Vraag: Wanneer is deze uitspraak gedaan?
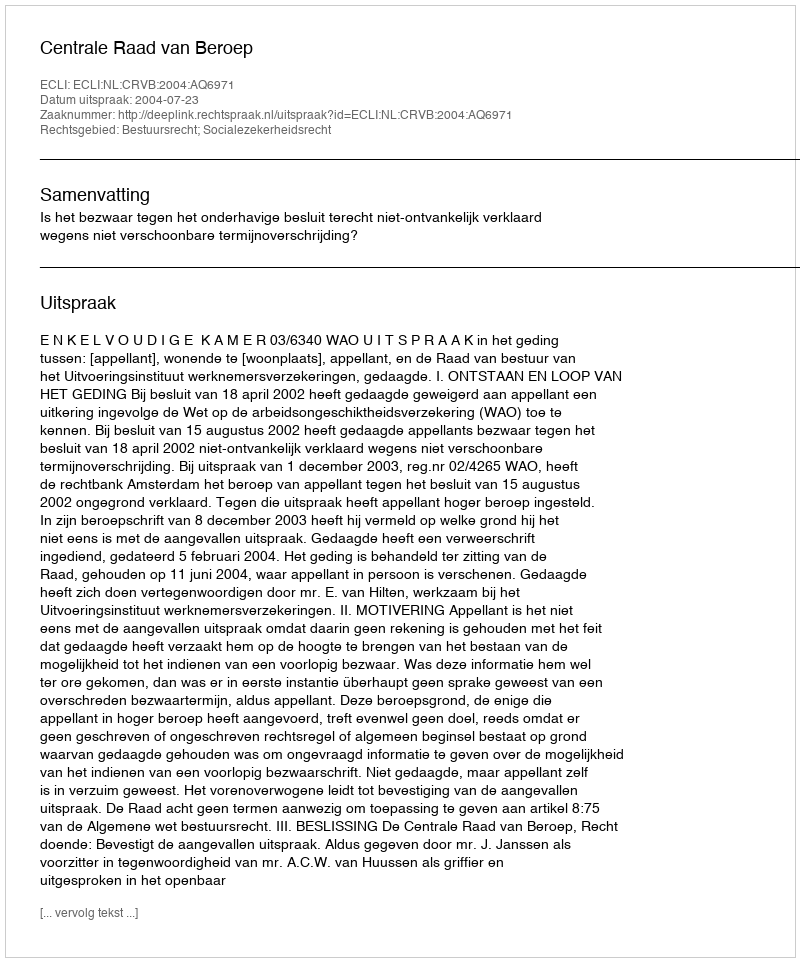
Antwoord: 2004-07-23